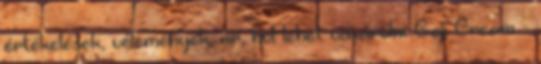
értékelések, vélemények, ár, hol lehet vásárolni Goji Cream –